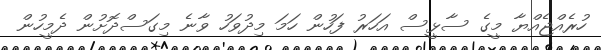
ހުރެއްޖެއްޔާ މީގެ ސާޅީސް އަހަރު ފަހުން ހަމަ މިދުވަހު ވާނެ މިގަސްދޮށުން ދެމީހުން